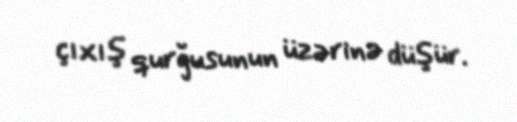
çıxış qurğusunun üzərinə düşür.